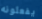
يفعلونه